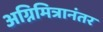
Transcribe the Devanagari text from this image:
अग्निमित्रानंतर